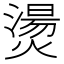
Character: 燙